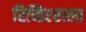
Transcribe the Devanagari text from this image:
रिव्हिएराला